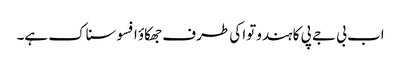
اب بی جے پی کا ہندوتوا کی طرف جھکاؤ افسوسناک ہے۔